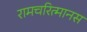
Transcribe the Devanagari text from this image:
रामचरित्मानस